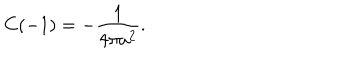
C ( - 1 ) = - \frac { 1 } { 4 \pi a ^ { 2 } } .